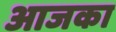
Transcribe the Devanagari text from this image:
आजका